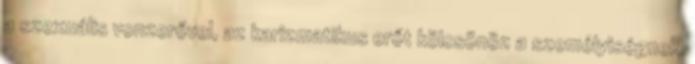
a szexuális vonzerővel, az karizmatikus erőt kölcsönöz a személyiségnek.